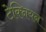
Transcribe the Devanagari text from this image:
टेक्नियन